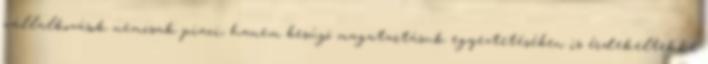
vállalkozások nemcsak piaci, hanem besúgó magatartásuk egyeztetésében is érdekeltekké